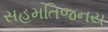
સહમતિજનય